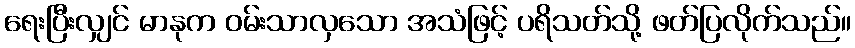
ရေးပြီးလျှင် မာနုက ဝမ်းသာလှသော အသံဖြင့် ပရိသတ်သို့ ဖတ်ပြလိုက်သည်။